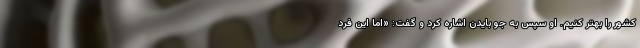
کشور را بهتر کنیم. او سپس به جو بایدن اشاره کرد و گفت: «اما این فرد